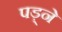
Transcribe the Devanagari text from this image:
पड़्ने